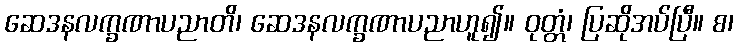
ဆေဒနလက္ခဏာပညာတိ၊ ဆေဒနလက္ခဏာပညာဟူ၍။ ဝုတ္တံ၊ ပြဆိုအပ်ပြီ။ စ၊